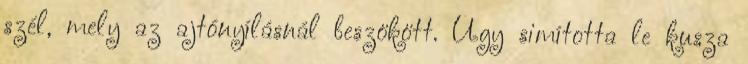
szél, mely az ajtónyílásnál beszökött. Úgy simította le kusza